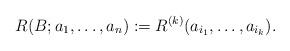
LaTeX: \begin{align*} R(B;a_1,\dots,a_n):=R^{(k)}(a_{i_1},\dots,a_{i_k}).\end{align*}